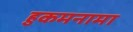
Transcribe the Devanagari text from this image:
हुकमनामा